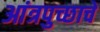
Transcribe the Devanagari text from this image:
आंत्रपुच्छाचे